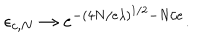
LaTeX: \epsilon _ { c , N } \rightarrow e ^ { - \left( 4 N / e \lambda \right) ^ { 1 / 2 } - N / e } .